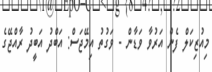
މިއުޒިކަލް ފެން އަރުވާ ވަޑާން - ވަގުތު އިމޭޖަސް: އަބްދު އަބީދު ރާއްޖޭގެ